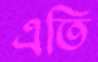
এতি